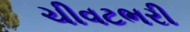
ચીવટભરી